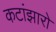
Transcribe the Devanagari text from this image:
कटांझारो